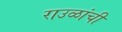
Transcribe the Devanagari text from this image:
राउळांची